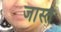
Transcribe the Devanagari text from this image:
जास्ते